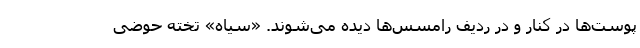
پوست‌ها در کنار و در ردیف رامسس‌ها دیده می‌شوند. «سیاه» تخته حوضی